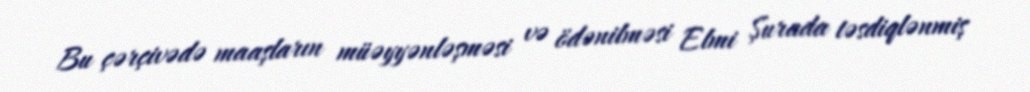
Bu çərçivədə maaşların müəyyənləşməsi və ödənilməsi Elmi Şurada təsdiqlənmiş